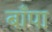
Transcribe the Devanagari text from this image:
बाँपा